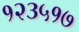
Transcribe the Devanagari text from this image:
१२३५१७